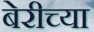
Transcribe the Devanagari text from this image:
बेरीच्या